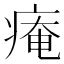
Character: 痷